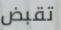
تقبض